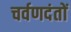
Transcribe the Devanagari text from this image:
चर्वणदंतों